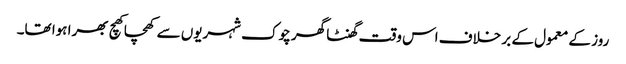
روز کے معمول کے بر خلاف اس وقت گھنٹا گھر چوک شہریوں سے کھچا کھچ بھرا ہوا تھا۔